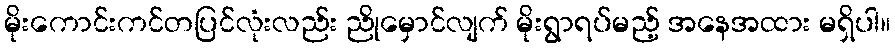
မိုးကောင်းကင်တပြင်လုံးလည်း ညိုမှောင်လျက် မိုးရွာရပ်မည့် အနေအထား မရှိပါ။